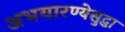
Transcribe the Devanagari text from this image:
अभयारण्येसुद्धा